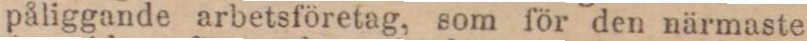
påliggande arbetsföretag, som för den närmaste